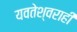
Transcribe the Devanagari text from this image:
यवतेश्वराही